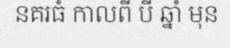
នគរធំ កាលពី បី ឆ្នាំ មុន